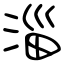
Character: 淄